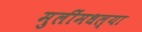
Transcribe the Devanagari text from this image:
मुलींमधल्या